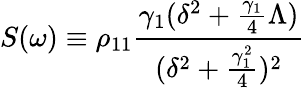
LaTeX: S(\omega)\equiv\rho_{11}\frac{\gamma_{1}(\delta^{2}+\frac{\gamma_{1}}{4}\Lambda)}{(\delta^{2}+\frac{\gamma_{1}^{2}}{4})^{2}}